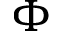
\boldsymbol { \Phi }